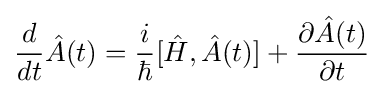
{\frac {d}{dt}}{\hat {A}}(t)={\frac {i}{\hbar }}[{\hat {H}},{\hat {A}}(t)]+{\frac {\partial {\hat {A}}(t)}{\partial t}}